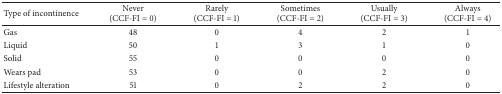
| Type of incontinence | Never (CCF-FI = 0) | Rarely (CCF-FI = 1) | Sometimes (CCF-FI = 2) | Usually (CCF-FI = 3) | Always (CCF-FI = 4) |
 | --- | --- | --- | --- | --- | --- |
 | Gas | 48 | 0 | 4 | 2 | 1 |
 | Liquid | 50 | 1 | 3 | 1 | 0 |
 | Solid | 55 | 0 | 0 | 0 | 0 |
 | Wears pad | 53 | 0 | 0 | 2 | 0 |
 | Lifestyle alteration | 51 | 0 | 2 | 2 | 0 |